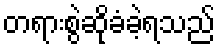
တရားစွဲဆိုခံခဲ့ရသည်